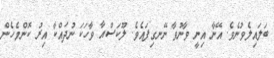
ބަލައިލެވުނެވެ. އޭނާ އިނީ ވާނުވާ ނޭނގިފައެވެ. ލޫކަސްއާ ވާހަކަ ނުދައްކާ އިރު ކޮންމެހެން